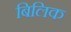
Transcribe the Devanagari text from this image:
बिलिक